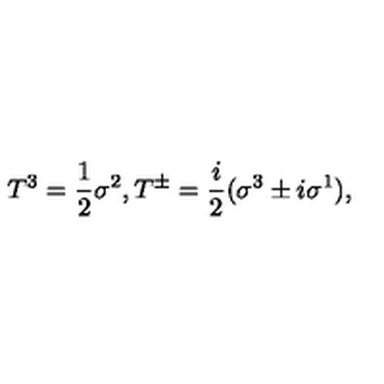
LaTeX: T ^ { 3 } = \frac { 1 } { 2 } \sigma ^ { 2 } , T ^ { \pm } = \frac { i } { 2 } ( \sigma ^ { 3 } \pm i \sigma ^ { 1 } ) ,